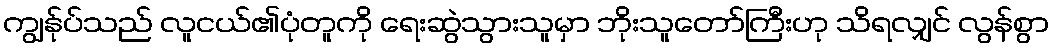
ကျွန်ုပ်သည် လူငယ်၏ပုံတူကို ရေးဆွဲသွားသူမှာ ဘိုးသူတော်ကြီးဟု သိရလျှင် လွန်စွာ